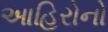
આહિરોનો